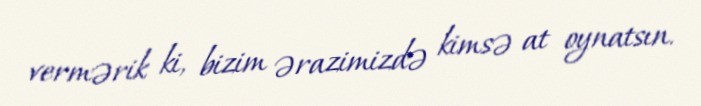
vermərik ki, bizim ərazimizdə kimsə at oynatsın.